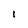
Character: I